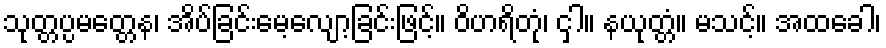
သုတ္တပ္ပမတ္တေန၊ အိပ်ခြင်းမေ့လျော့ခြင်းဖြင့်။ ဝိဟရိတုံ၊ ငှါ။ နယုတ္တံ။ မသင့်။ အထခေါ၊